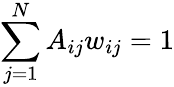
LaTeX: \sum_{j=1}^{N}A_{ij}w_{ij}=1